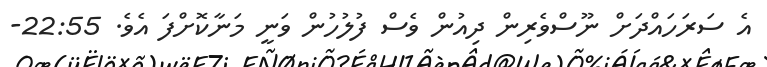
އެ ސަރަހައްދަށް ނޫސްވެރިން ދިއުން ވެސް ފުލުހުން ވަނީ މަނާކޮށްފަ އެވެ. 22:55-